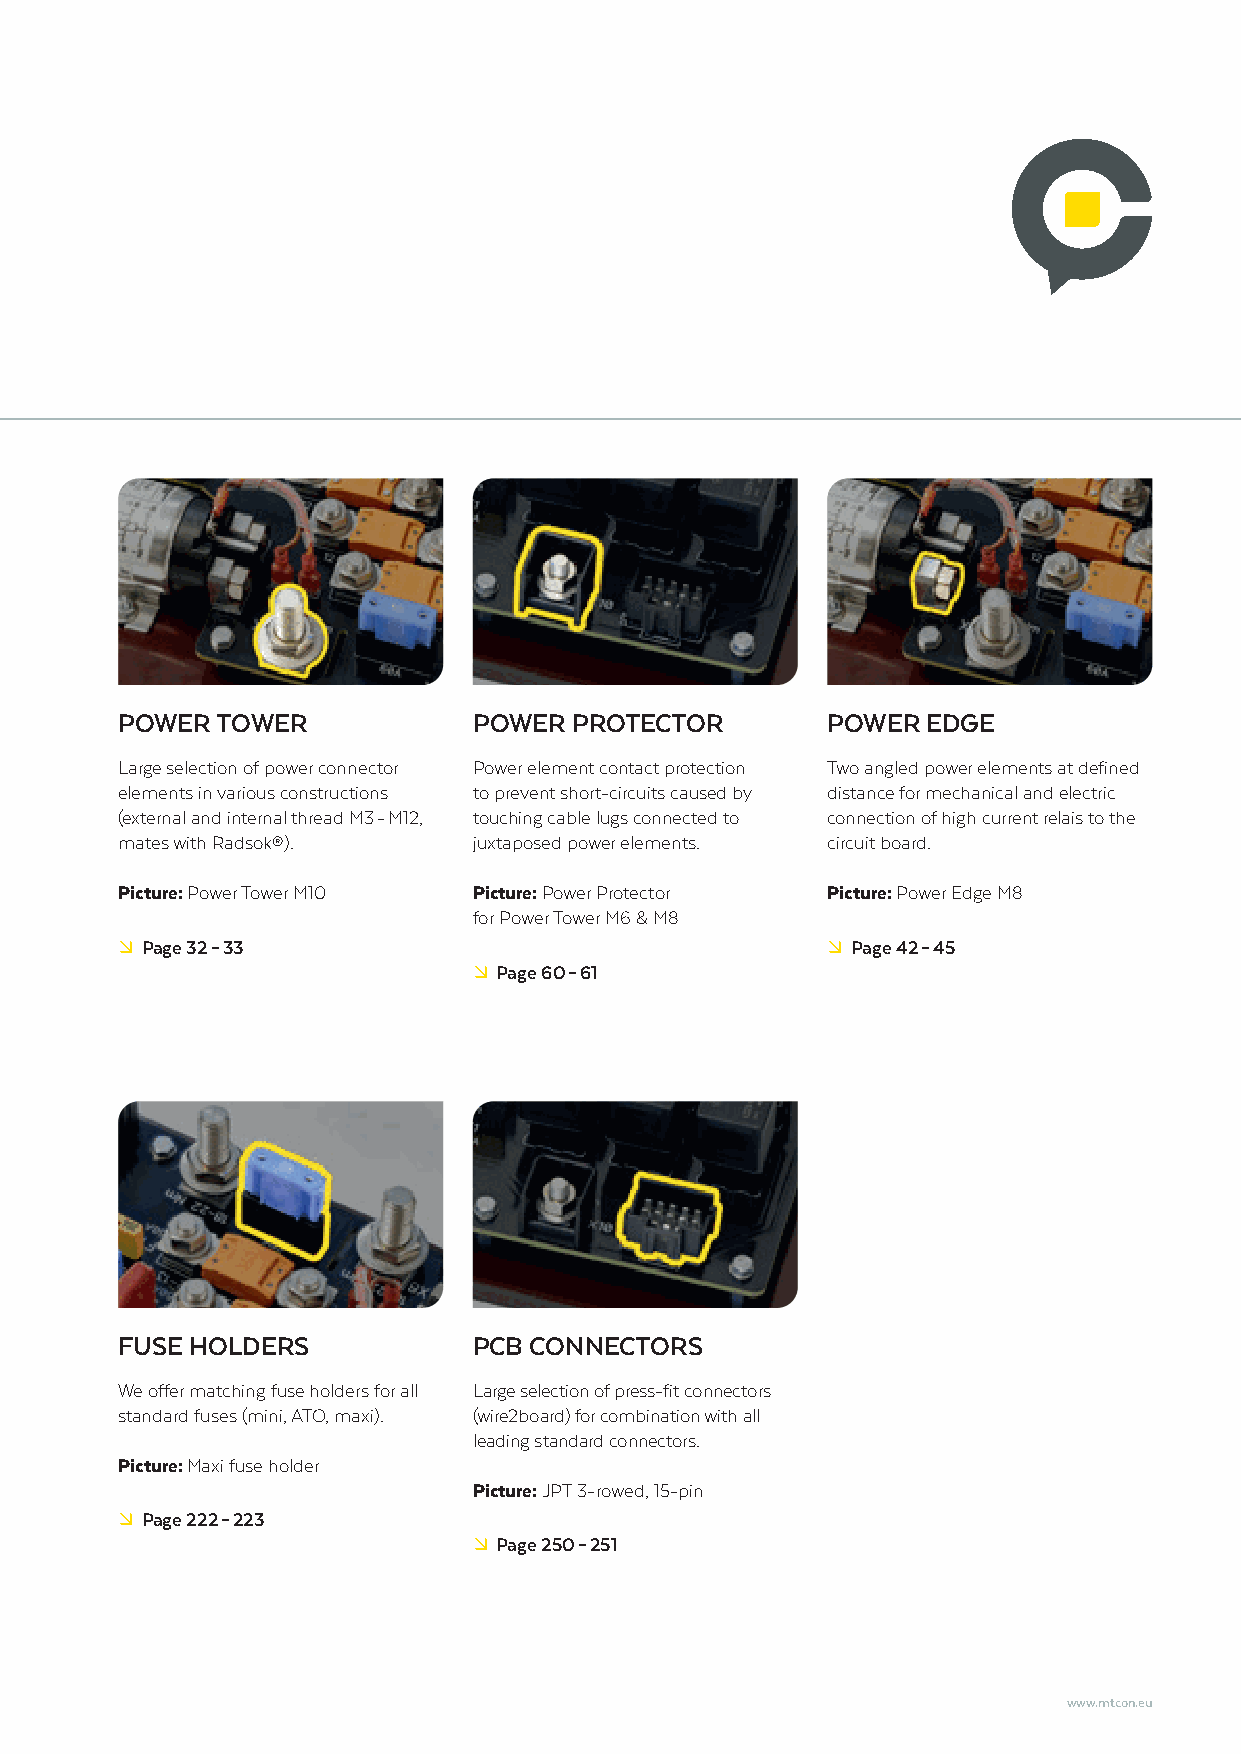
POWER TOWER            POWER  PROTECTOR        POWER EDGE
 Large selection of power connector Power element contact protection Two angled power elements at defined
 elements in various constructions to prevent short-circuits caused by distance for mechanical and electric
 (external and internal thread M3 - M12, touching cable lugs connected to connection of high current relais to the
 mates with Radsok®).   juxtaposed power elements. circuit board.
 Picture: Power Tower M10 Picture: Power Protector Picture: Power Edge M8
 for Power Tower M6 & M8
 º Page 32 – 33                                 º Page 42 – 45
 º Page 60 – 61
 FUSE HOLDERS           PCB CONNECTORS
 We offer matching fuse holders for all Large selection of press-fit connectors
 standard fuses (mini, ATO, maxi). (wire2board) for combination with all
 leading standard connectors.
 Picture: Maxi fuse holder
 Picture: JPT 3-rowed, 15-pin
 º Page 222 – 223
 º Page 250 – 251
 www.mtcon.eu